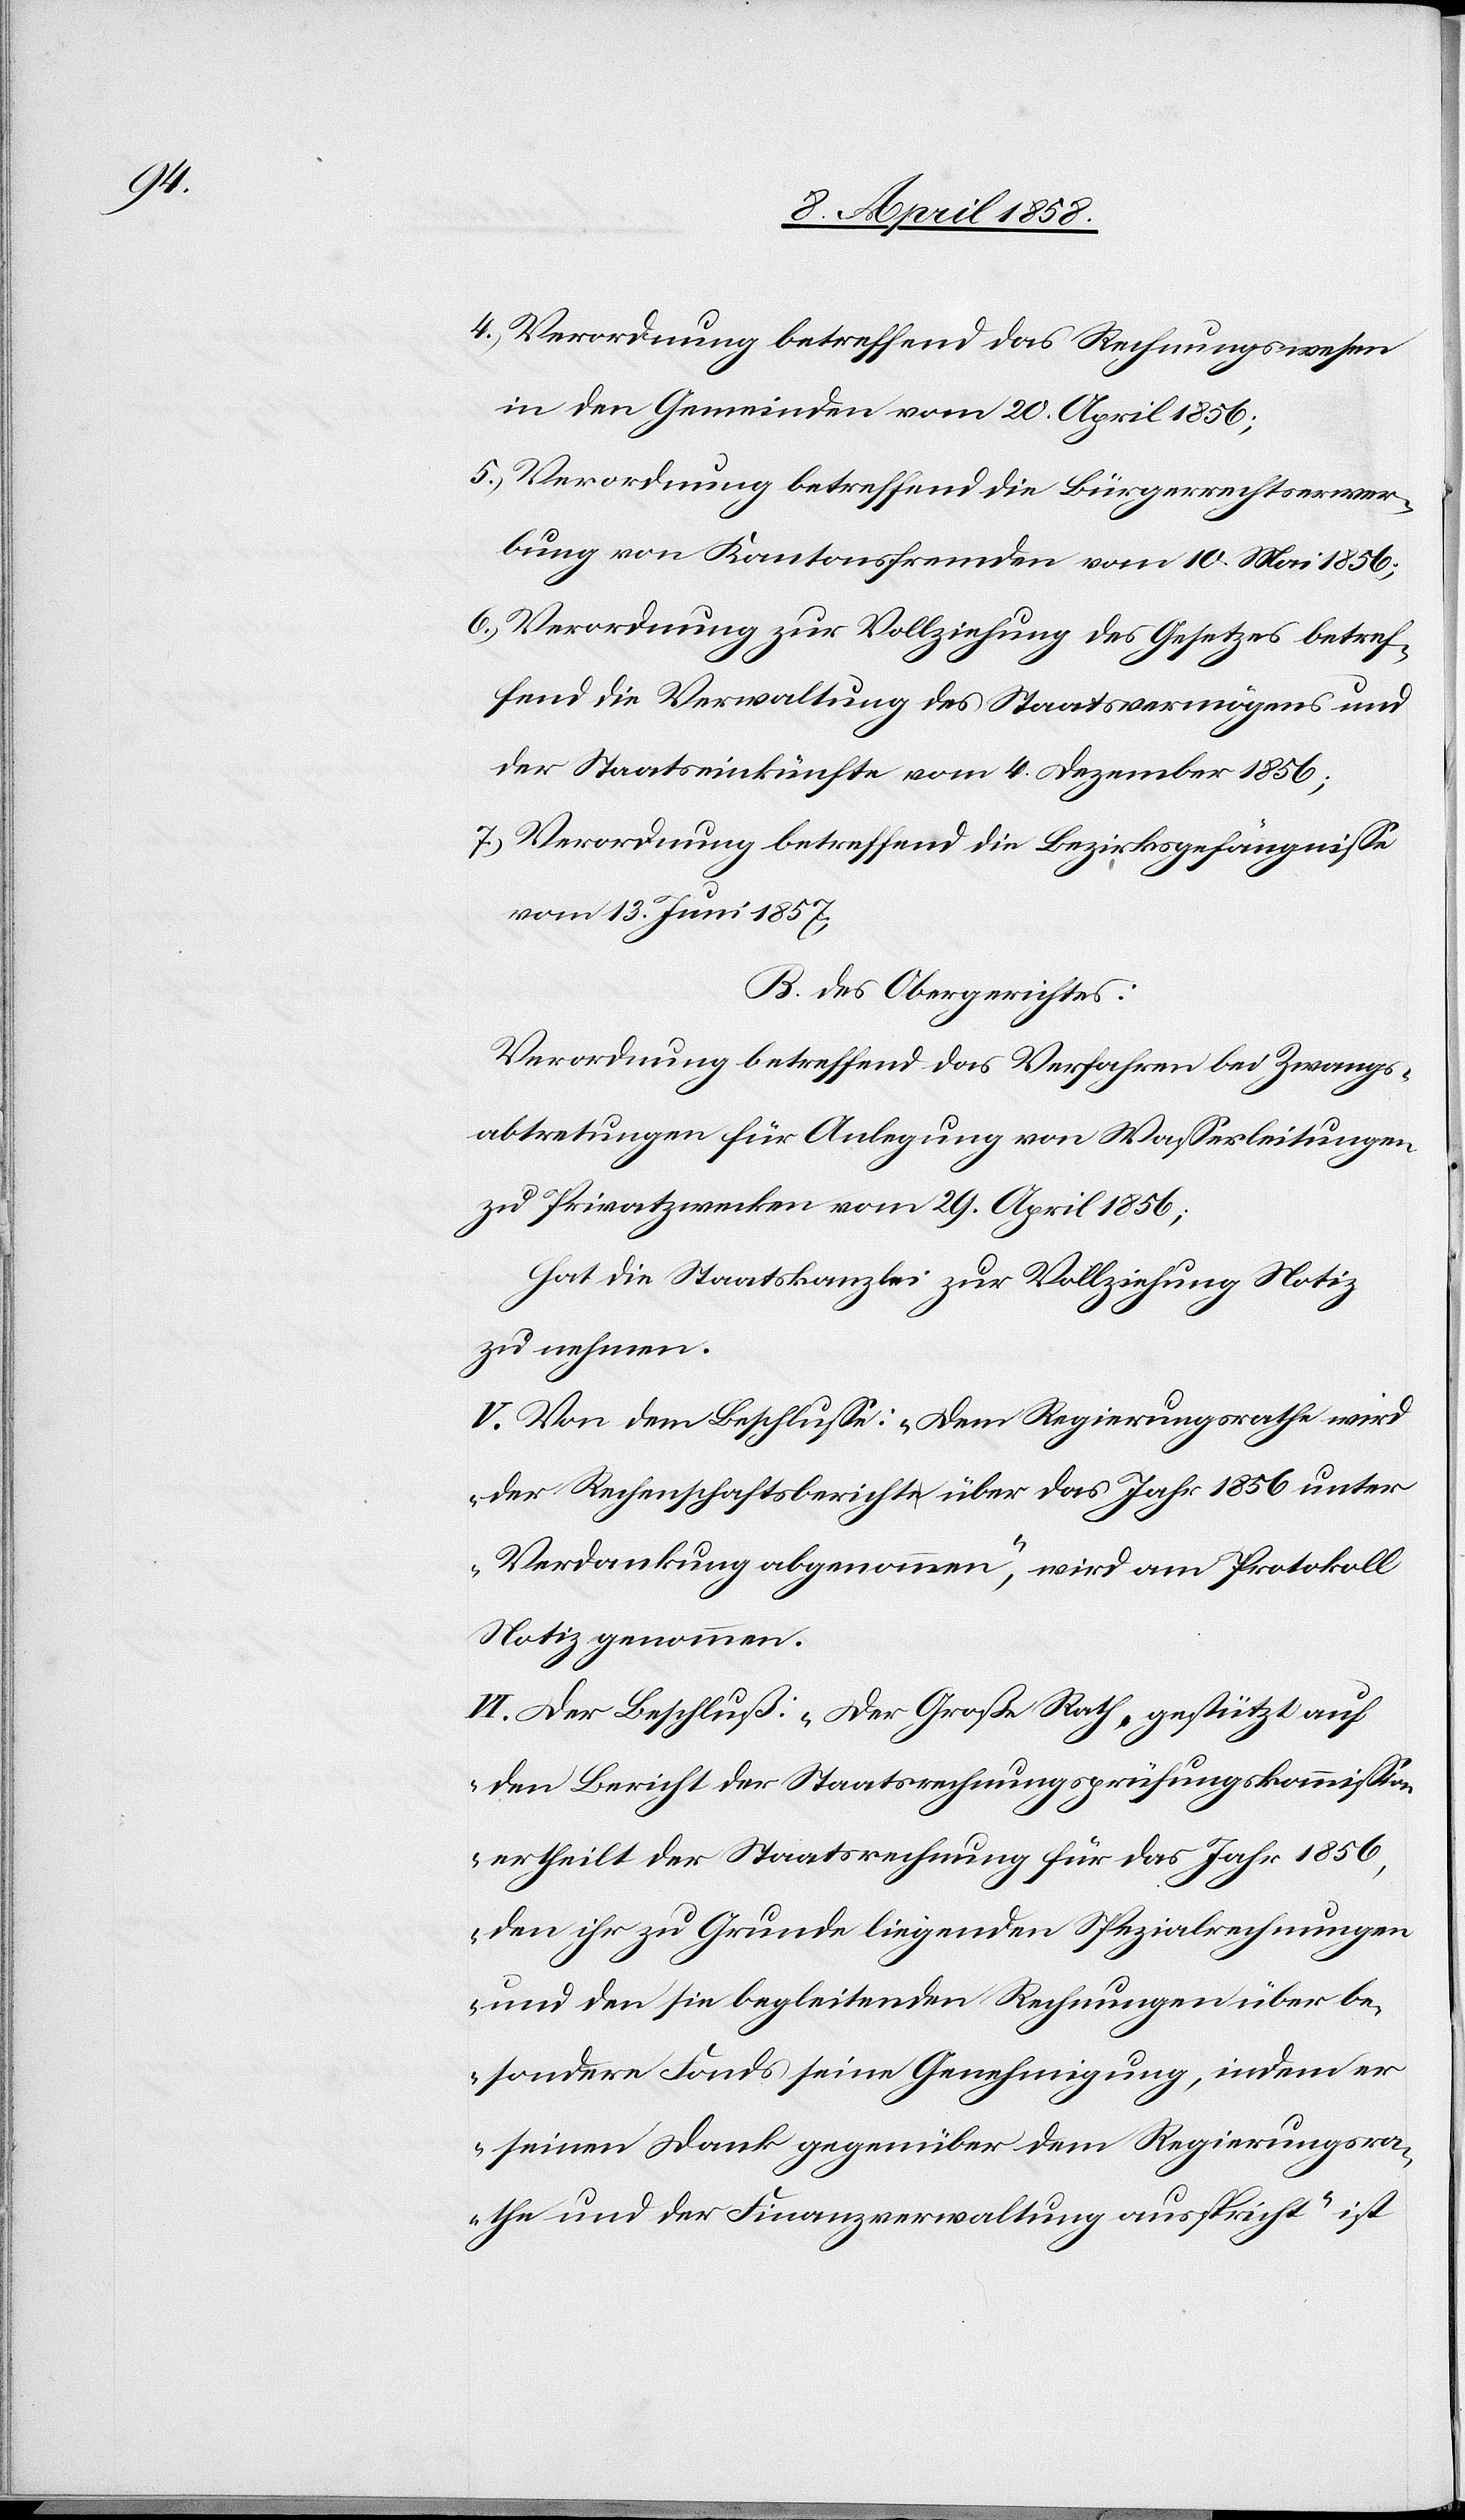
4. Verordnung betreffend das Rechnungswesen
in den Gemeinden vom 20. April 1856;
5. Verordnung betreffend die Bürgerrechtserwer¬
bung von Kantonsfremden vom 10. Mai 1856;
6. Verordnung zur Vollziehung des Gesetzes betref¬
fend die Verwaltung des Staatsvermögens und
der Staatseinkünfte vom 4. Dezember 1856;
7. Verordnung betreffend die Bezirksgefängnisse
vom 13. Juni 1857;
B. Des Obergerichtes:
Verordnung betreffend das Verfahren bei Zwangs¬
abtretungen für Anlegung von Wasserleitungen
zu Privatzwecken vom 29. April 1856;
Hat die Staatskanzlei zur Vollzeihung Notiz
zu nehmen.
V. Von dem Beschlusse: „Dem Regierungsrathe wird
der Rechenschaftsbericht über das Jahr 1856 unter
Verdankung abgenommen“, wird am Protokoll
Notiz genommen.
VI. Der Beschluß: „Der Große Rath, gestützt auf
den Bericht der Staatsrechnungsprüfungskommission
ertheilt der Staatsrechnung für das Jahr 1856,
den ihr zu Grunde liegenden Spezialrechnungen
und den sie begleitenden Rechnungen über be¬
sondere Fonds seine Genehmigung, indem er
seinen Dank gegenüber dem Regierungsra¬
the und der Finanzverwaltung ausspricht“ ist